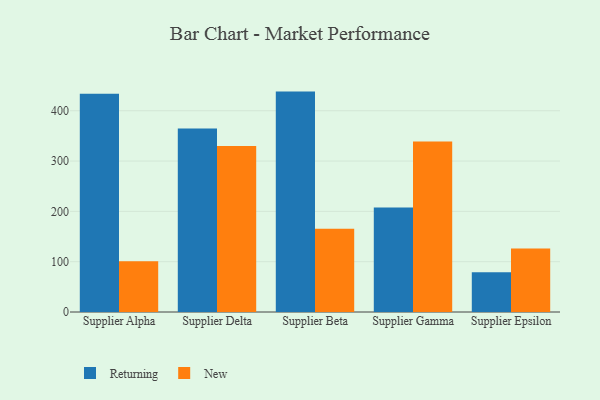
{"axis": {"x": "Supplier", "y": "Humidity (%)"}, "legend": ["New", "Returning"], "data": [{"x": "Supplier Alpha", "y": 433.5, "type": "Returning"}, {"x": "Supplier Alpha", "y": 101.0, "type": "New"}, {"x": "Supplier Delta", "y": 364.8, "type": "Returning"}, {"x": "Supplier Delta", "y": 330.1, "type": "New"}, {"x": "Supplier Beta", "y": 438.0, "type": "Returning"}, {"x": "Supplier Beta", "y": 165.6, "type": "New"}, {"x": "Supplier Gamma", "y": 207.5, "type": "Returning"}, {"x": "Supplier Gamma", "y": 339.0, "type": "New"}, {"x": "Supplier Epsilon", "y": 78.8, "type": "Returning"}, {"x": "Supplier Epsilon", "y": 126.2, "type": "New"}]}